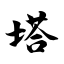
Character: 塔